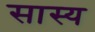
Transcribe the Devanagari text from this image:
सास्य